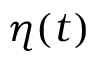
\eta ( t )